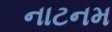
નાટનમ